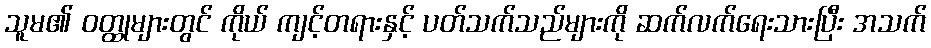
သူမ၏ ဝတ္ထုများတွင် ကိုယ် ကျင့်တရားနှင့် ပတ်သက်သည်များကို ဆက်လက်ရေးသားပြီး အသက်